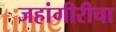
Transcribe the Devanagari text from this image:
जहांगीरीचा